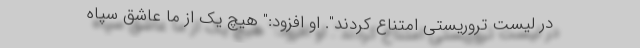
در لیست تروریستی امتناع کردند". او افزود:" هیچ یک از ما عاشق سپاه